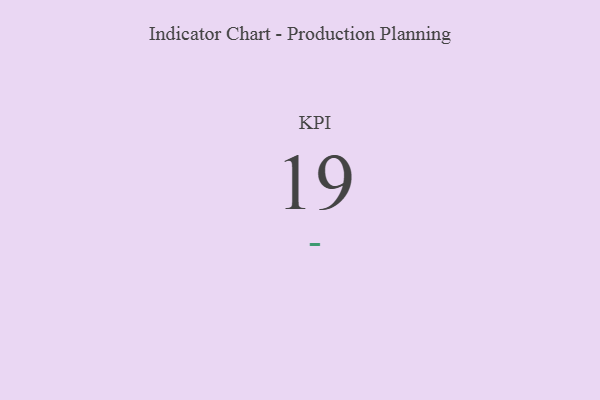
{"axis": {"x": "KPI", "y": "Value"}, "legend": [""], "data": [{"x": "KPI", "y": 19, "type": ""}]}